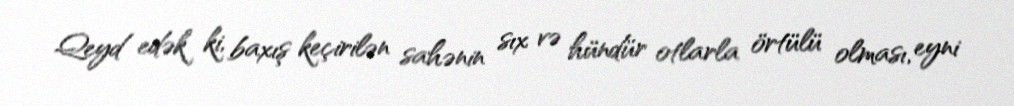
Qeyd edək ki, baxış keçirilən sahənin sıx və hündür otlarla örtülü olması, eyni